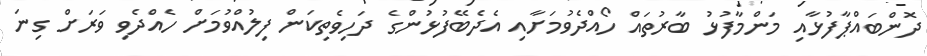
ދޮންބައްޕާފުޅާއި މަންމާފުޅު ބާރުތައް ހޯއްދެވުމަށާއި އެދެބޭފުޅުންގެ ދަހިވެތިކަން ފިލުއްވުމަށް ހެއްދެވި ވަރަށް ގިނަ